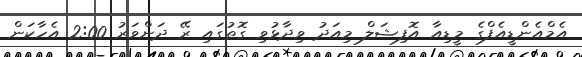
އެމްއެންޑީއެފްގެ މީޑިއާ އޮފިޝަލް މިއަދު ވިދާޅުވި ގޮތުގައި ރޭ ދަންވަރު 2:00 އެހާކަން